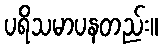
ပရိသမာပနတည်း။